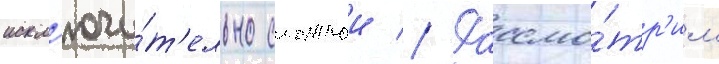
искл'ючи́т'ельно сложнои // Рассмо́тр'им